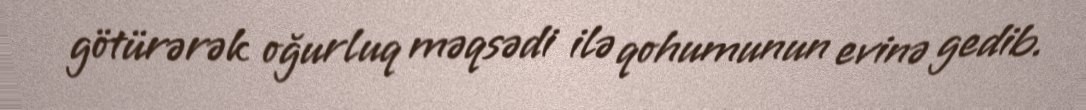
götürərək oğurluq məqsədi ilə qohumunun evinə gedib.